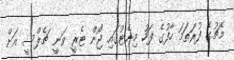
މެޗުގެ ފުރަތަމަ ހާފުގެ ފަހު މިނެޓުގައި ޖޯން ޓެރީ ވަނީ ޗެލްސީ އަށް